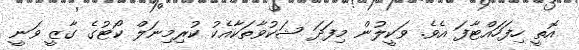
އޮތީ ހިފަހައްޓާފަ އެވެ. ވަކީލުން މިފަދަ ޝަކުވާތަކާއެކު ކުރިމިނަލް ކޯޓުގެ ގާޒީ ވަނީ